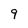
Character: 9